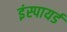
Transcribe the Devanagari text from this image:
इंस्पायर्ड